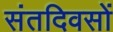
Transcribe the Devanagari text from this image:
संतदिवसों